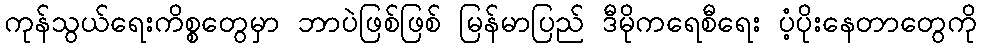
ကုန်သွယ်ရေးကိစ္စတွေမှာ ဘာပဲဖြစ်ဖြစ် မြန်မာပြည် ဒီမိုကရေစီရေး ပံ့ပိုးနေတာတွေကို